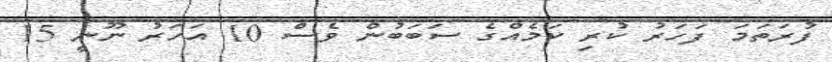
ފުރަތަމަ ފަހަރު ކުރި ކަމެއްގެ ސަބަބުން ވެސް 10 އަހަރު ނޫނީ 15